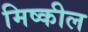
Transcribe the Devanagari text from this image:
मिष्कील